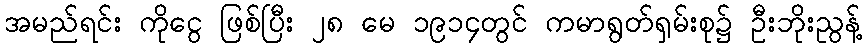
အမည်ရင်း ကိုငွေ ဖြစ်ပြီး ၂၈ မေ ၁၉၁၄တွင် ကမာရွတ်ရှမ်းစု၌ ဦးဘိုးညွန့်